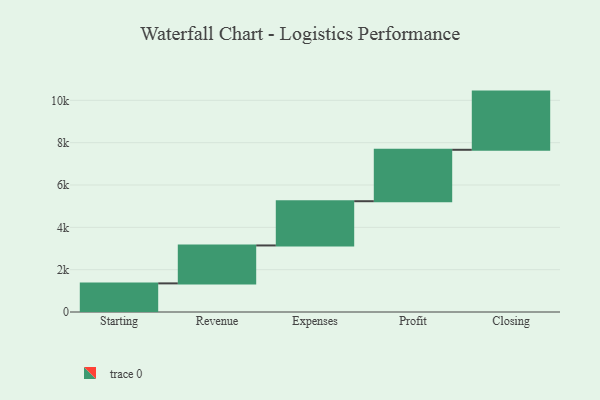
{"axis": {"x": "Step", "y": "Value"}, "legend": [""], "data": [{"x": "Starting", "y": 1352.0, "type": ""}, {"x": "Revenue", "y": 1792.0, "type": ""}, {"x": "Expenses", "y": 2090.0, "type": ""}, {"x": "Profit", "y": 2429.0, "type": ""}, {"x": "Closing", "y": 2749.0, "type": ""}]}